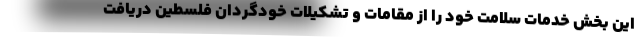
این بخش خدمات سلامت خود را از مقامات و تشکیلات خودگردان فلسطین دریافت